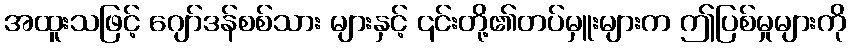
အထူးသဖြင့် ဂျော်ဒန်စစ်သား များနှင့် ၎င်းတို့၏တပ်မှူးများက ဤပြစ်မှုများကို